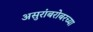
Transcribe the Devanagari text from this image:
असुरांबरोबरच्या